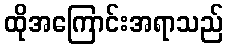
ထိုအကြောင်းအရာသည်